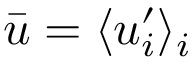
\bar { u } = \langle u _ { i } ^ { \prime } \rangle _ { i }